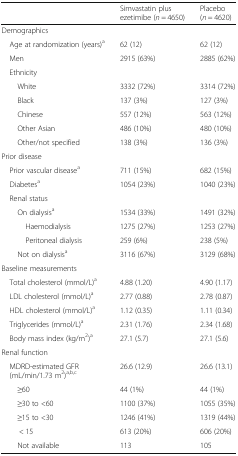
<table><thead><tr><td></td><td><b>Simvastatin plus ezetimibe (<i>n</i> = 4650)</b></td><td><b>Placebo (<i>n</i> = 4620)</b></td></tr></thead><tbody><tr><td colspan="3">Demographics</td></tr><tr><td> Age at randomization (years)<sup>a</sup></td><td>62 (12)</td><td>62 (12)</td></tr><tr><td> Men</td><td>2915 (63%)</td><td>2885 (62%)</td></tr><tr><td colspan="3"> Ethnicity</td></tr><tr><td>White</td><td>3332 (72%)</td><td>3314 (72%)</td></tr><tr><td>Black</td><td>137 (3%)</td><td>127 (3%)</td></tr><tr><td>Chinese</td><td>557 (12%)</td><td>563 (12%)</td></tr><tr><td>Other Asian</td><td>486 (10%)</td><td>480 (10%)</td></tr><tr><td>Other/not specified</td><td>138 (3%)</td><td>136 (3%)</td></tr><tr><td colspan="3">Prior disease</td></tr><tr><td> Prior vascular disease<sup>a</sup></td><td>711 (15%)</td><td>682 (15%)</td></tr><tr><td> Diabetes<sup>a</sup></td><td>1054 (23%)</td><td>1040 (23%)</td></tr><tr><td colspan="3"> Renal status</td></tr><tr><td>On dialysis<sup>a</sup></td><td>1534 (33%)</td><td>1491 (32%)</td></tr><tr><td>Haemodialysis</td><td>1275 (27%)</td><td>1253 (27%)</td></tr><tr><td>Peritoneal dialysis</td><td>259 (6%)</td><td>238 (5%)</td></tr><tr><td>Not on dialysis<sup>a</sup></td><td>3116 (67%)</td><td>3129 (68%)</td></tr><tr><td colspan="3">Baseline measurements</td></tr><tr><td> Total cholesterol (mmol/L)<sup>a</sup></td><td>4.88 (1.20)</td><td>4.90 (1.17)</td></tr><tr><td> LDL cholesterol (mmol/L)<sup>a</sup></td><td>2.77 (0.88)</td><td>2.78 (0.87)</td></tr><tr><td> HDL cholesterol (mmol/L)<sup>a</sup></td><td>1.12 (0.35)</td><td>1.11 (0.34)</td></tr><tr><td> Triglycerides (mmol/L)<sup>a</sup></td><td>2.31 (1.76)</td><td>2.34 (1.68)</td></tr><tr><td> Body mass index (kg/m<sup>2</sup>)<sup>a</sup></td><td>27.1 (5.7)</td><td>27.1 (5.6)</td></tr><tr><td colspan="3">Renal function</td></tr><tr><td> MDRD-estimated GFR (mL/min/1.73 m<sup>2</sup>)<sup>a,b,c</sup></td><td>26.6 (12.9)</td><td>26.6 (13.1)</td></tr><tr><td>≥60</td><td>44 (1%)</td><td>44 (1%)</td></tr><tr><td>≥30 to &lt;60</td><td>1100 (37%)</td><td>1055 (35%)</td></tr><tr><td>≥15 to &lt;30</td><td>1246 (41%)</td><td>1319 (44%)</td></tr><tr><td>&lt; 15</td><td>613 (20%)</td><td>606 (20%)</td></tr><tr><td>Not available</td><td>113</td><td>105</td></tr></tbody></table>